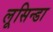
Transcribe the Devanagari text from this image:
लूसिन्डा